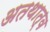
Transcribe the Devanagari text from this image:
अतथात्व